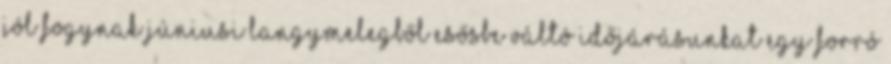
jól fogynak Júniusi langymelegből esősbe váltó időjárásunkat egy forró